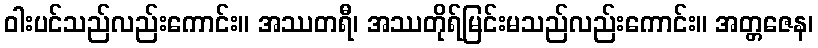
ဝါးပင်သည်လည်းကောင်း။ အဿတရီ၊ အဿတိုရ်မြင်းမသည်လည်းကောင်း။ အတ္တဇေန၊